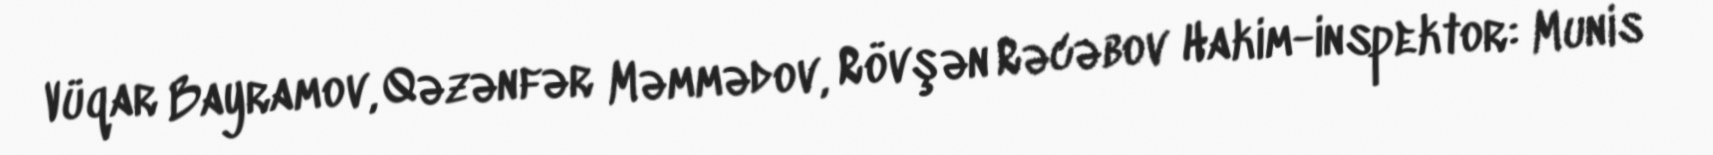
Vüqar Bayramov, Qəzənfər Məmmədov, Rövşən Rəcəbov Hakim-inspektor: Munis